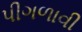
પીગળાવી